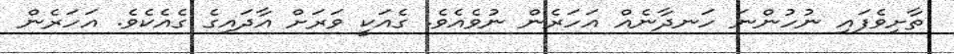
ތާށިވެފައި ނުހުންނަ ހަނދާނެއް އަހަރެން ނުވެއެވެ. ގެއަކީ ވަރަށް އާދައިގެ ގެއެކެވެ. އަހަރެން